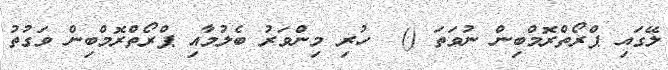
ލޭގައި ޕްރޯތްރޮމްބިން ނުވަތަ ()  ހުރި މިންވަރު ބެލުމާއި ޕްރޯތްރޮމްބިން ވަގުތު